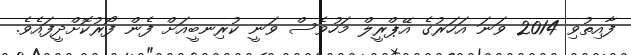
ފާއިތުވި 2014 ވަނަ އަހަރުގެ އޭޕްރީލް މަހުވެސް ވަނީ ކުރިނބީއަށް ފެން ފޯރުކޮށްދީފައެވެ.